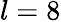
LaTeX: l=8